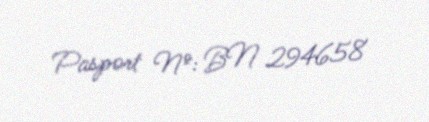
Pasport №: BN 294658